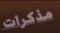
مذكرات